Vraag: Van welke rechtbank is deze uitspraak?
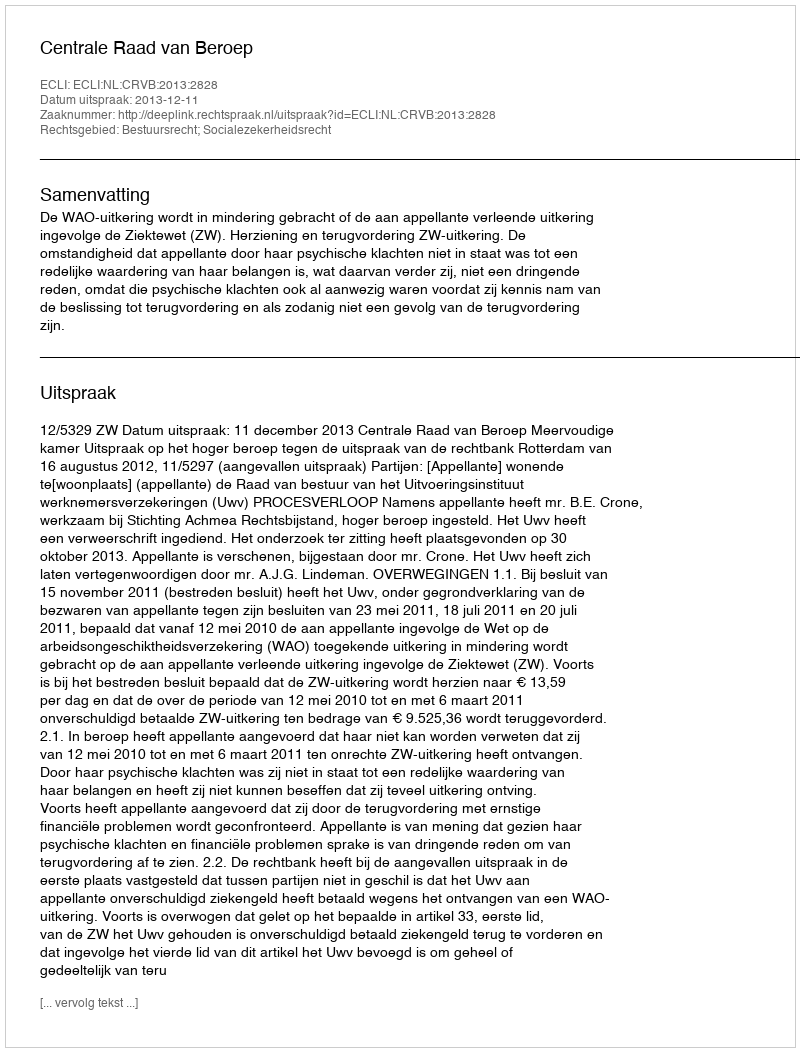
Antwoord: Centrale Raad van Beroep